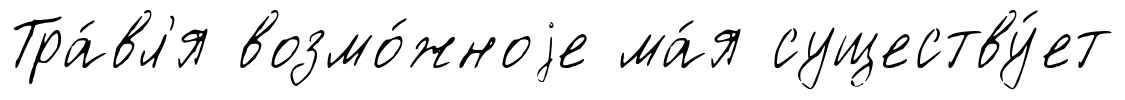
Тра́вл'я возмо́жноjе ма́я существу́ет